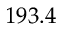
1 9 3 . 4